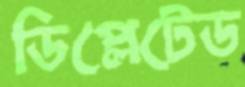
ডিপ্লেটেড